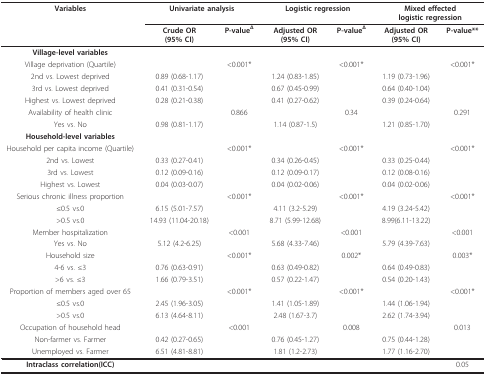
<table><thead><tr><td><b>Variables</b></td><td colspan="2"><b>Univariate analysis</b></td><td colspan="2"><b>Logistic regression</b></td><td colspan="2"><b>Mixed effectedlogistic regression</b></td></tr><tr><td></td><td><b>Crude OR(95% CI)</b></td><td><b>P-value<sup>Δ</sup></b></td><td><b>Adjusted OR(95% CI)</b></td><td><b>P-value<sup>Δ</sup></b></td><td><b>Adjusted OR(95% CI)</b></td><td><b>P-value**</b></td></tr></thead><tbody><tr><td><b>Village-level variables</b></td><td></td><td></td><td></td><td></td><td></td><td></td></tr><tr><td>Village deprivation (Quartile)</td><td></td><td>&lt;0.001*</td><td></td><td>&lt;0.001*</td><td></td><td>&lt;0.001*</td></tr><tr><td>2nd vs. Lowest deprived</td><td>0.89 (0.68-1.17)</td><td></td><td>1.24 (0.83-1.85)</td><td></td><td>1.19 (0.73-1.96)</td><td></td></tr><tr><td>3rd vs. Lowest deprived</td><td>0.41 (0.31-0.54)</td><td></td><td>0.67 (0.45-0.99)</td><td></td><td>0.64 (0.40-1.04)</td><td></td></tr><tr><td>Highest vs. Lowest deprived</td><td>0.28 (0.21-0.38)</td><td></td><td>0.41 (0.27-0.62)</td><td></td><td>0.39 (0.24-0.64)</td><td></td></tr><tr><td>Availability of health clinic</td><td></td><td>0.866</td><td></td><td>0.34</td><td></td><td>0.291</td></tr><tr><td>Yes vs. No</td><td>0.98 (0.81-1.17)</td><td></td><td>1.14 (0.87-1.5)</td><td></td><td>1.21 (0.85-1.70)</td><td></td></tr><tr><td><b>Household-level variables</b></td><td></td><td></td><td></td><td></td><td></td><td></td></tr><tr><td>Household per capita income (Quartile)</td><td></td><td>&lt;0.001*</td><td></td><td>&lt;0.001*</td><td></td><td>&lt;0.001*</td></tr><tr><td>2nd vs. Lowest</td><td>0.33 (0.27-0.41)</td><td></td><td>0.34 (0.26-0.45)</td><td></td><td>0.33 (0.25-0.44)</td><td></td></tr><tr><td>3rd vs. Lowest</td><td>0.12 (0.09-0.16)</td><td></td><td>0.12 (0.09-0.17)</td><td></td><td>0.12 (0.08-0.16)</td><td></td></tr><tr><td>Highest vs. Lowest</td><td>0.04 (0.03-0.07)</td><td></td><td>0.04 (0.02-0.06)</td><td></td><td>0.04 (0.02-0.06)</td><td></td></tr><tr><td>Serious chronic illness proportion</td><td></td><td>&lt;0.001*</td><td></td><td>&lt;0.001*</td><td></td><td>&lt;0.001*</td></tr><tr><td>≤0.5 vs.0</td><td>6.15 (5.01-7.57)</td><td></td><td>4.11 (3.2-5.29)</td><td></td><td>4.19 (3.24-5.42)</td><td></td></tr><tr><td>&gt;0.5 vs.0</td><td>14.93 (11.04-20.18)</td><td></td><td>8.71 (5.99-12.68)</td><td></td><td>8.99(6.11-13.22)</td><td></td></tr><tr><td>Member hospitalization</td><td></td><td>&lt;0.001</td><td></td><td>&lt;0.001</td><td></td><td>&lt;0.001</td></tr><tr><td>Yes vs. No</td><td>5.12 (4.2-6.25)</td><td></td><td>5.68 (4.33-7.46)</td><td></td><td>5.79 (4.39-7.63)</td><td></td></tr><tr><td>Household size</td><td></td><td>&lt;0.001*</td><td></td><td>0.002*</td><td></td><td>0.003*</td></tr><tr><td>4-6 vs. ≤3</td><td>0.76 (0.63-0.91)</td><td></td><td>0.63 (0.49-0.82)</td><td></td><td>0.64 (0.49-0.83)</td><td></td></tr><tr><td>&gt;6 vs. ≤3</td><td>1.66 (0.79-3.51)</td><td></td><td>0.57 (0.22-1.47)</td><td></td><td>0.54 (0.20-1.43)</td><td></td></tr><tr><td>Proportion of members aged over 65</td><td></td><td>&lt;0.001*</td><td></td><td>&lt;0.001*</td><td></td><td>&lt;0.001*</td></tr><tr><td>≤0.5 vs.0</td><td>2.45 (1.96-3.05)</td><td></td><td>1.41 (1.05-1.89)</td><td></td><td>1.44 (1.06-1.94)</td><td></td></tr><tr><td>&gt;0.5 vs.0</td><td>6.13 (4.64-8.11)</td><td></td><td>2.48 (1.67-3.7)</td><td></td><td>2.62 (1.74-3.94)</td><td></td></tr><tr><td>Occupation of household head</td><td></td><td>&lt;0.001</td><td></td><td>0.008</td><td></td><td>0.013</td></tr><tr><td>Non-farmer vs. Farmer</td><td>0.42 (0.27-0.65)</td><td></td><td>0.76 (0.45-1.27)</td><td></td><td>0.75 (0.44-1.28)</td><td></td></tr><tr><td>Unemployed vs. Farmer</td><td>6.51 (4.81-8.81)</td><td></td><td>1.81 (1.2-2.73)</td><td></td><td>1.77 (1.16-2.70)</td><td></td></tr><tr><td><b>Intraclass correlation(ICC)</b></td><td></td><td></td><td></td><td></td><td></td><td>0.05</td></tr></tbody></table>